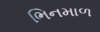
ભિનમાળ